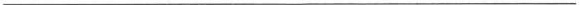
___